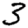
Digit: 3